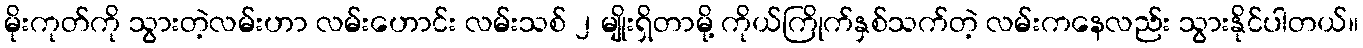
မိုးကုတ်ကို သွားတဲ့လမ်းဟာ လမ်းဟောင်း လမ်းသစ် ၂ မျိုးရှိတာမို့ ကိုယ်ကြိုက်နှစ်သက်တဲ့ လမ်းကနေလည်း သွားနိုင်ပါတယ်။